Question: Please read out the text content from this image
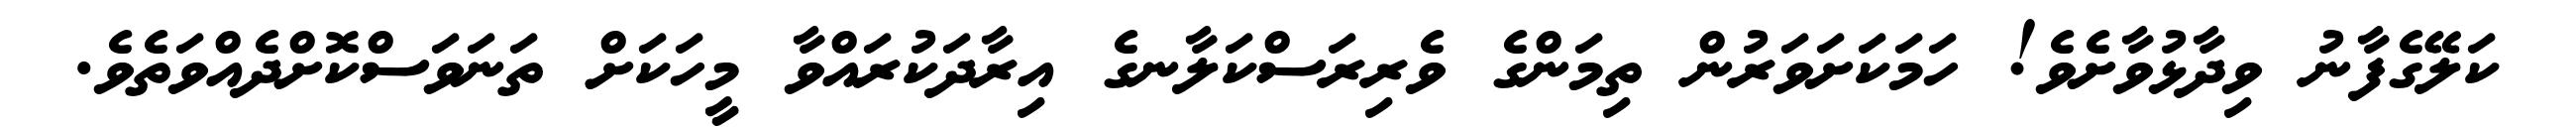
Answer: ކަލޭގެފާނު ވިދާޅުވާށެވެ! ހަމަކަށަވަރުން ތިމަންގެ ވެރިރަސްކަލާނގެ އިރާދަކުރައްވާ މީހަކަށް ތަނަވަސްކޮށްދެއްވަތެވެ.